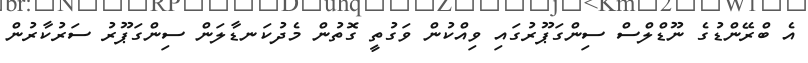
އެ ބްރޭންޑުގެ ނޫޑްލްސް ސިންގަޕޫރުގައި ވިއްކުން ވަގުތީ ގޮތުން މެދުކަނޑާލަން ސިންގަޕޫރު ސަރުކާރުން